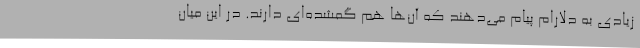
زیادی به دلارام پیام می‌دهند که آن‌ها هم گمشده‌ای دارند. در این میان